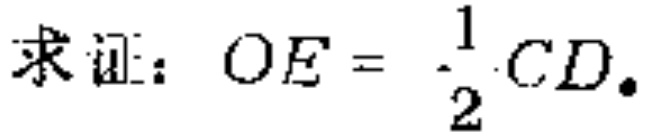
求证：$OE = \frac{1}{2}CD.$